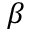
\beta